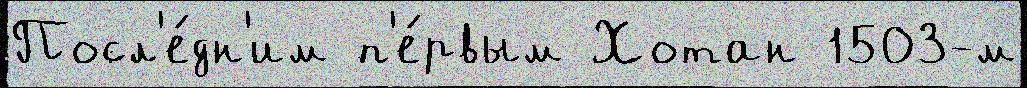
Посл'е́дн'им п'е́рвым Хотан 1503-м